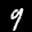
Label: 9